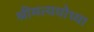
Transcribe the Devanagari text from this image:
श्रीमत्ययोध्या